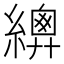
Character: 𦅳